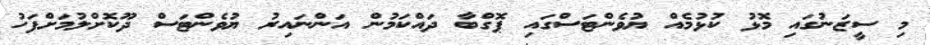
މި ސީޒަނުގައި މޮޅު ކުޅުމެއް ޔުވެންޓަސްގައި ޕޮގްބާ ދައްކަމުން އަންނައިރު ޔުވެންޓަސް ދޫކޮށްލުމަށްފަހު